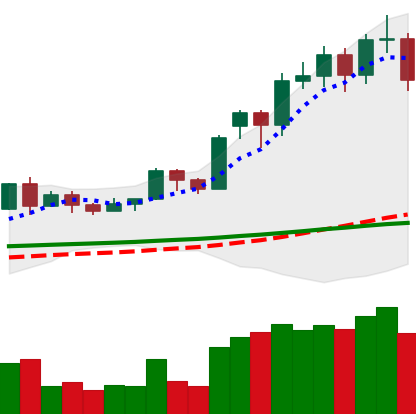
Ticker: LTC-USD
Chart end date: 2020-11-25
Forward return: 6.955%
Label: up_5_7